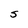
Character: S